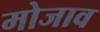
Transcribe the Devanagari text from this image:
मोजाव